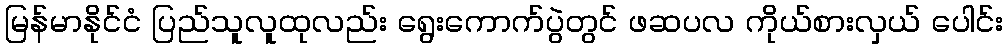
မြန်မာနိုင်ငံ ပြည်သူလူထုလည်း ရွေးကောက်ပွဲတွင် ဖဆပလ ကိုယ်စားလှယ် ပေါင်း